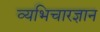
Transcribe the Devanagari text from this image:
व्यभिचारज्ञान